Insane asylums Bombay 1873-77 - 1873-1877
Year: 1873
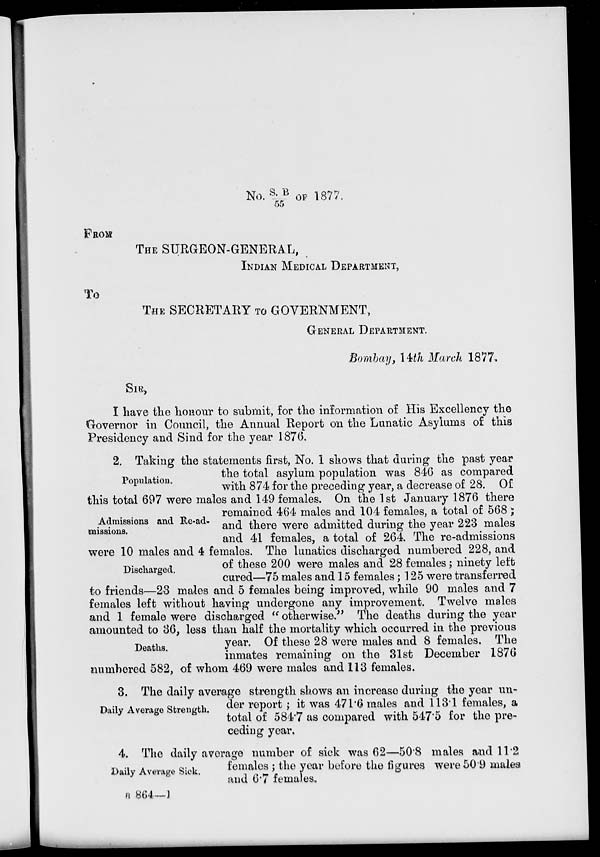
No. S.B/55 OF 1877.
FROM
THE SURGEON-GENERAL,
INDIAN MEDICAL DEPARTMENT,
TO
THE SECRETARY TO GOVERNMENT,
GENERAL DEPARTMENT.
Bombay, 14th March 1877.
SIR ,
I have the honour to submit, for the information of His Excellency the
Governor in Council, the Annual Report on the Lunatic Asylums of this
Presidency and Sind for the year 1876.
Population.
2. Taking the statements first, No. 1 shows that during the past year
the total asylum population was 846 as compared
with 874 for the preceding year, a decrease of 28. Of
Admissions and Re-ad-
missions.
this total 697 were males and 149 females. On the 1st January 1876 there
remained 464 males and 104 females, a total of 568 ;
and there were admitted during the year 223 males
and 41 females, a total of 264. The re-admissions
Discharged.
were 10 males and 4 females. The lunatics discharged numbered 228, and
of these 200 were males and 28 females; ninety left
cured—75 males and 15 females; 125 were transferred
to friends—23 males and 5 females being improved, while 90 males and 7
females left without having undergone any improvement. Twelve males
and 1 female were discharged " otherwise. '' The deaths during the year
amounted to 36, less than half the mortality which occurred in the previous
Deaths.
year. Of these 28 were males and 8 females. The
inmates remaining on the 31st December 1876
numbered 582, of whom 469 were males and 113 females.
Daily Average Strength.
3. The daily average strength shows an increase during the year un-
der report ; it was 471.6 males and 113.1 females, a
total of 584.7 as compared with 547.5 for the pre-
ceding year.
Daily Average Sick.
4. The daily average number of sick was 62—50.8 males and 11.2
females ; the year before the figures were50.9 males
and 6.7 females.
B 864 —1